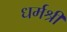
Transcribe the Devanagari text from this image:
धर्मश्री